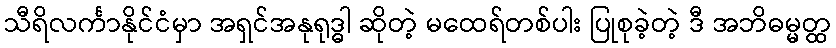
သီရိလင်္ကာနိုင်ငံမှာ အရှင်အနုရုဒ္ဓါ ဆိုတဲ့ မထေရ်တစ်ပါး ပြုစုခဲ့တဲ့ ဒီ အဘိဓမ္မတ္ထ